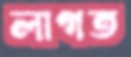
লাগত